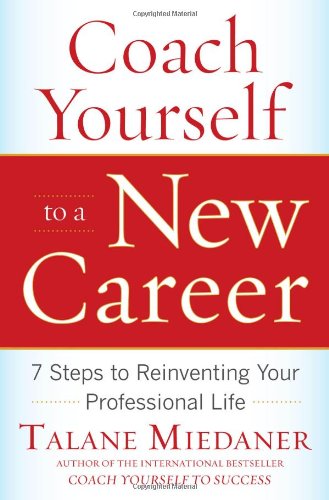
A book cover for Coach Yourself to a New Career: 7 Steps to Reinventing Your Professional Life; Talane Miedaner; Business & Money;